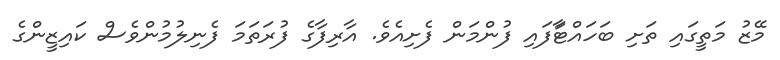
މޭޒު މަތީގައި ތަށި ބަހައްޓަާފައި ފުންމަން ފެށިއެވެ. އާރިފާގެ ފުރަތަމަ ފެނިލުމުންވެސް ކައިޒީންގެ